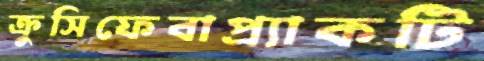
ক্রুসিফেবাপ্র্যাকটি